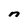
Character: n